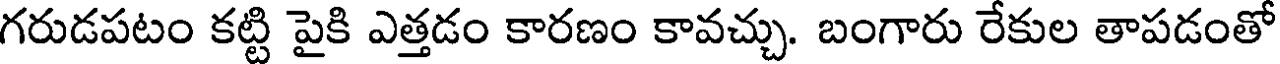
గరుడపటం కట్టి పైకి ఎత్తడం కారణం కావచ్చు. బంగారు రేకుల తాపడంతో